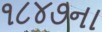
૧૮૪૭ના